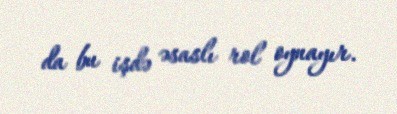
da bu işdə əsaslı rol oynayır.